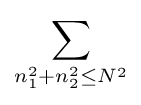
\sum _{n_{1}^{2}+n_{2}^{2}\leq N^{2}}